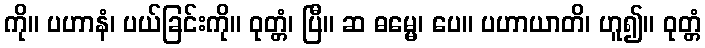
ကို။ ပဟာနံ၊ ပယ်ခြင်းကို။ ဝုတ္တံ၊ ပြီ။ ဆ ဓမ္မေ၊ ပေ။ ပဟာယာတိ၊ ဟူ၍။ ဝုတ္တံ